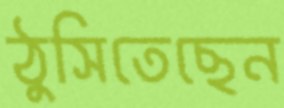
ঠুসিতেছেন